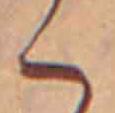
く